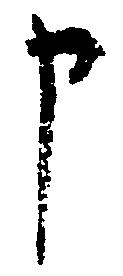
申